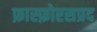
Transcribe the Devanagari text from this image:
फ़ास्फ़ोरसप्रद